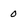
Character: 0